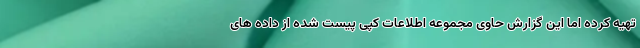
تهیه کرده اما این گزارش حاوی مجموعه اطلاعات کپی پیست شده از داده های